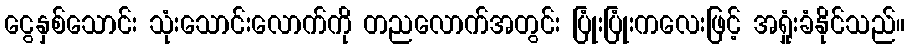
ငွေနှစ်သောင်း သုံးသောင်းလောက်ကို တညလောက်အတွင်း ပြုံးပြုံးကလေးဖြင့် အရှုံးခံနိုင်သည်။